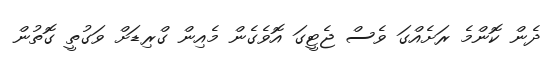
ދެން ކޮންމެ ރަށެއްގަ ވެސް ޖެޓީގަ އޮވެގެން މެއިން ގްރިޑަށް ވަގުތީ ގޮތުން